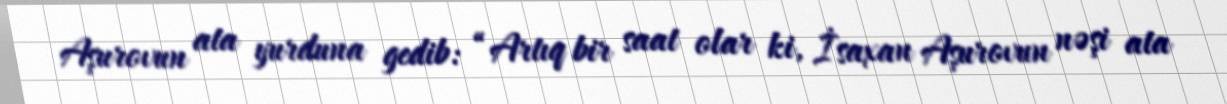
Aşurovun ata yurduna gedib: “Artıq bir saat olar ki, İsaxan Aşurovun nəşi ata